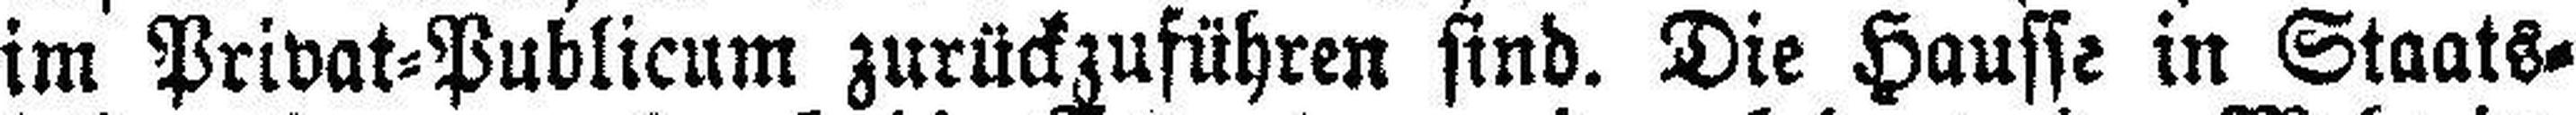
im Privat=Publicum zurückzuführen sind. Die Hausse in Staats¬